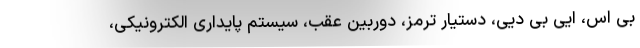
بی اس، ایی بی دیی، دستیار ترمز، دوربین عقب، سیستم پایداری الکترونیکی،